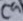
Text: C9